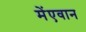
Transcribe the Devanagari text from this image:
मेंएवान